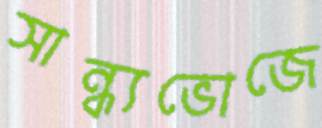
সান্ধ্যভোজে